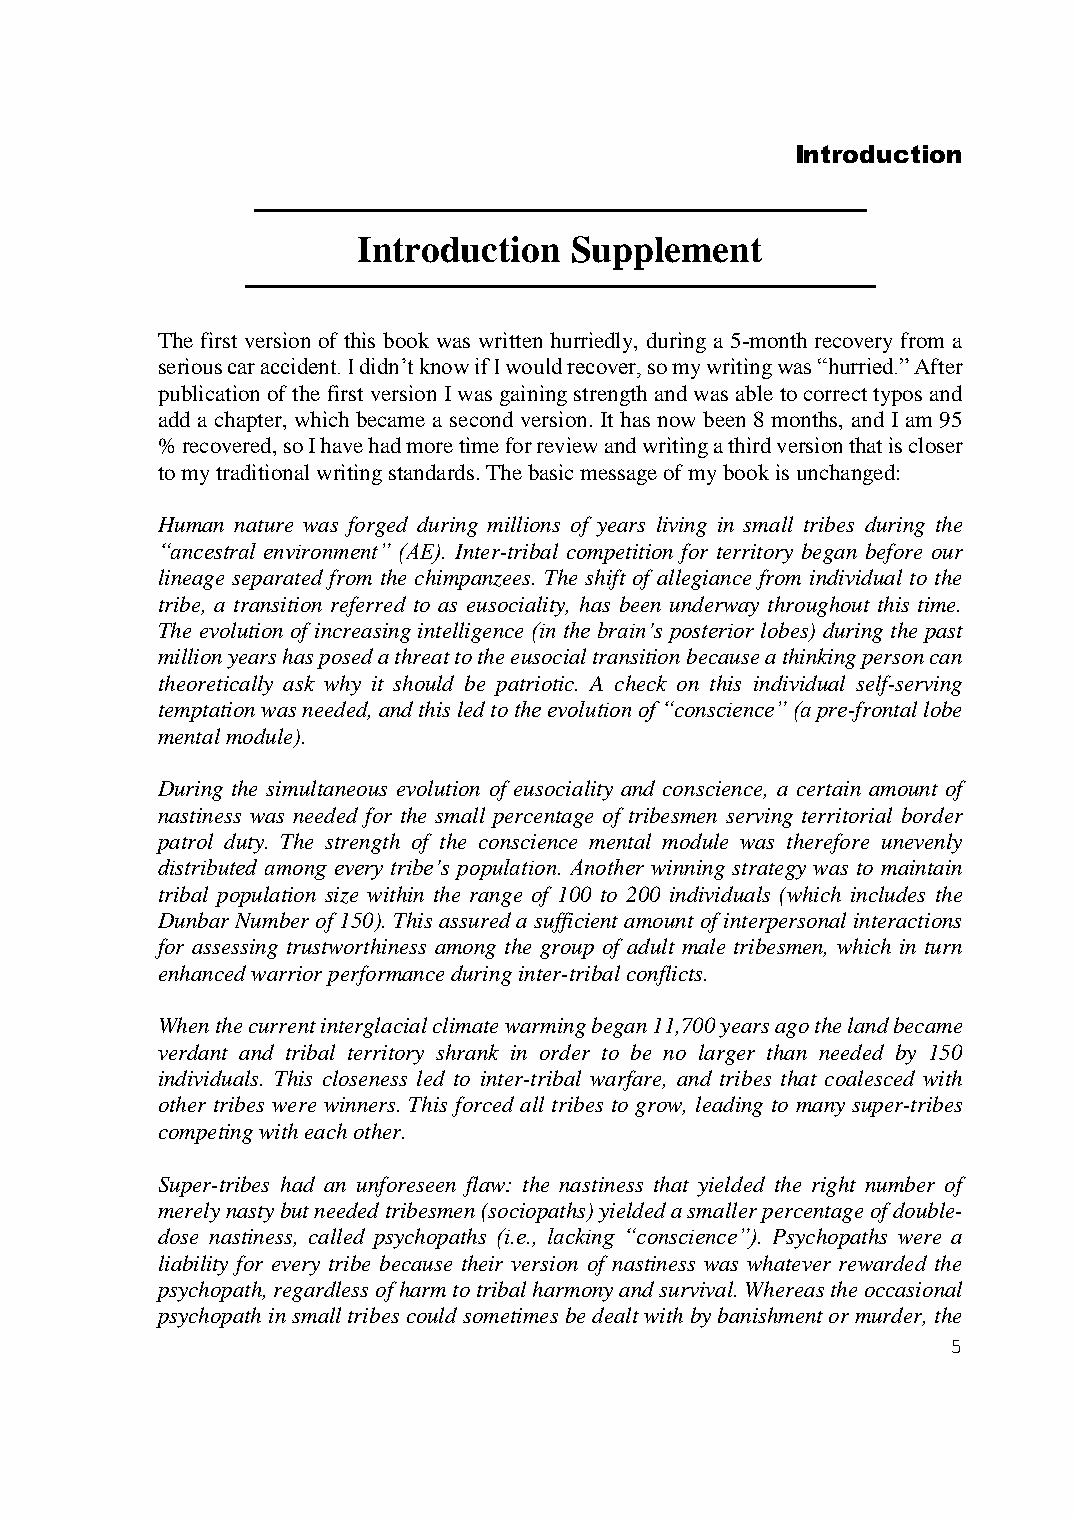
Introduction
 ───────────────────────────────────
 Introduction  Supplement
 ────────────────────────────────────
 The first version of this book was written hurriedly, during a 5-month recovery from a
 serious car accident. I didn’t know if I would recover, so my writing was “hurried.” After
 publication of the first version I was gaining strength and was able to correct typos and
 add a chapter, which became a second version. It has now been 8 months, and I am 95
 % recovered, so I have had more time for review and writing a third version that is closer
 to my traditional writing standards. The basic message of my book is unchanged:
 Human nature was forged during millions of years living in small tribes during the
 “ancestral environment” (AE). Inter-tribal competition for territory began before our
 lineage separated from the chimpanzees. The shift of allegiance from individual to the
 tribe, a transition referred to as eusociality, has been underway throughout this time.
 The evolution of increasing intelligence (in the brain’s posterior lobes) during the past
 million years has posed a threat to the eusocial transition because a thinking person can
 theoretically ask why it should be patriotic. A check on this individual self-serving
 temptation was needed, and this led to the evolution of “conscience” (a pre-frontal lobe
 mental module).
 During the simultaneous evolution of eusociality and conscience, a certain amount of
 nastiness was needed for the small percentage of tribesmen serving territorial border
 patrol duty. The strength of the conscience mental module was therefore unevenly
 distributed among every tribe’s population. Another winning strategy was to maintain
 tribal population size within the range of 100 to 200 individuals (which includes the
 Dunbar Number of 150). This assured a sufficient amount of interpersonal interactions
 for assessing trustworthiness among the group of adult male tribesmen, which in turn
 enhanced warrior performance during inter-tribal conflicts.
 When the current interglacial climate warming began 11,700 years ago the land became
 verdant and tribal territory shrank in order to be no larger than needed by 150
 individuals. This closeness led to inter-tribal warfare, and tribes that coalesced with
 other tribes were winners. This forced all tribes to grow, leading to many super-tribes
 competing with each other.
 Super-tribes had an unforeseen flaw: the nastiness that yielded the right number of
 merely nasty but needed tribesmen (sociopaths) yielded a smaller percentage of double-
 dose nastiness, called psychopaths (i.e., lacking “conscience”). Psychopaths were a
 liability for every tribe because their version of nastiness was whatever rewarded the
 psychopath, regardless of harm to tribal harmony and survival. Whereas the occasional
 psychopath in small tribes could sometimes be dealt with by banishment or murder, the
 5